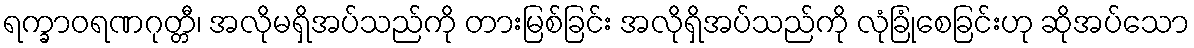
ရက္ခာဝရဏဂုတ္တီ၊ အလိုမရှိအပ်သည်ကို တားမြစ်ခြင်း အလိုရှိအပ်သည်ကို လုံခြုံစေခြင်းဟု ဆိုအပ်သော